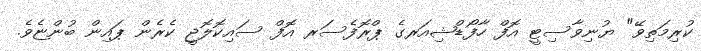
ކުރިމަތިވޭ" ޔުނިވާސިޓީ އޮފް ހާފޯޑްޝިއަރގެ ޕްރޮފެސަރ އޮފް ސައިކޮލޮޖީ ކެރެން ޕައިން ބުންޏެވެ.